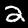
Label: 2